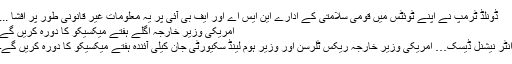
ڈونلڈ ٹرمپ نے اپنے ٹوئٹس میں قومی سلامتی کے ادارے این ایس اے اور ایف بی آئی پر یہ معلومات غیر قانونی طور پر افشا ...
امریکی وزیر خارجہ اگلے ہفتے میکسیکو کا دورہ کریں گے
انٹر نیشنل ڈیسک… امریکی وزیر خارجہ ریکس ٹلرسن اور وزیر ہوم لینڈ سکیورٹی جان کیلی آئندہ ہفتے میکسیکو کا دورہ کریں گے۔